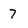
Character: 7